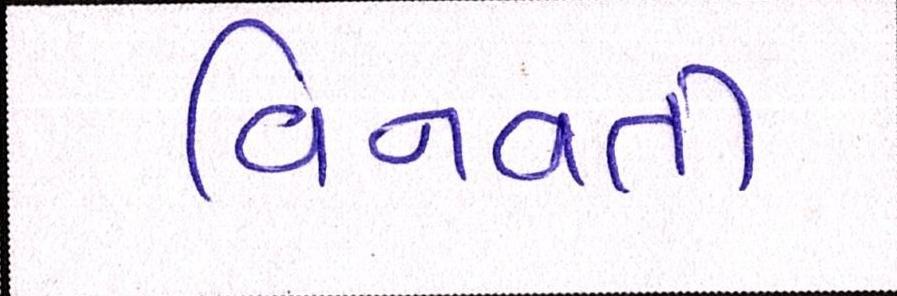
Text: વિનવતી